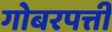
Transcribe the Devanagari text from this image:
गोबरपत्ती